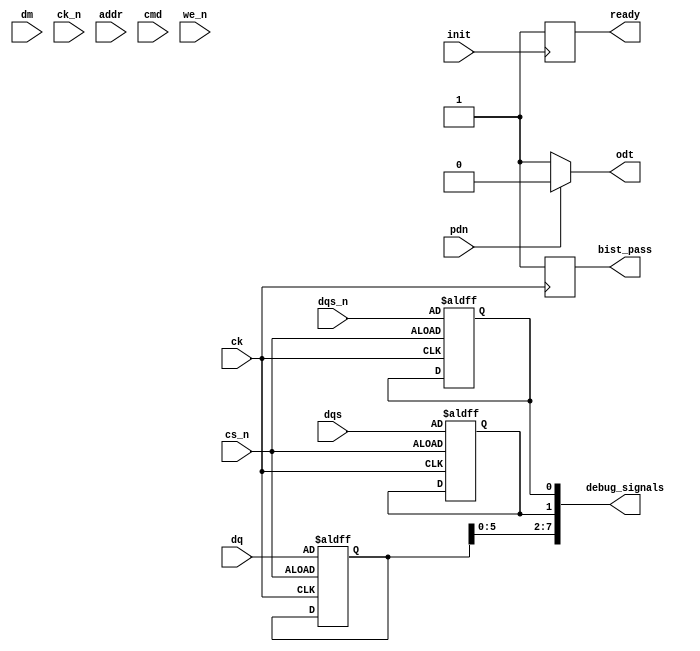
module gddr4_io_block (
    // I/O Interface
    input  wire [7:0]   dq,        // Data signals
    input  wire         dqs,       // Data strobe signal
    input  wire         dqs_n,     // Inverted data strobe signal
    input  wire         dm,        // Data mask signal
    input  wire         ck,        // Clock signal
    input  wire         ck_n,      // Inverted clock signal
    
    // Address and Command Signals
    input  wire [15:0]  addr,      // Address signals
    input  wire         cmd,       // Command signals
    input  wire         cs_n,      // Chip select signal
    input  wire         we_n,      // Write enable signal
    
    // Power Management
    input  wire         pdn,       // Power down signal
    output wire         odt,       // On-die termination control
    
    // Initialization and Configuration
    input  wire         init,      // Initialization signal
    output wire         ready,     // Ready signal after initialization
    
    // Test and Debug
    output wire         bist_pass,  // BIST pass signal
    output wire [7:0]   debug_signals // Debug signals
);

// Internal signals
reg [7:0] dq_reg;
reg dqs_reg, dqs_n_reg;
reg ready_reg;
reg bist_pass_reg;

// On-die termination control logic
assign odt = (pdn) ? 1'b0 : 1'b1; // Enable ODT when not in power down

// Data transfer logic
always @(posedge ck or negedge cs_n) begin
    if (!cs_n) begin
        dq_reg <= dq; // Capture data on chip select
        dqs_reg <= dqs; // Capture DQS
        dqs_n_reg <= dqs_n; // Capture DQS#
    end
end

// Initialization logic
always @(posedge init) begin
    ready_reg <= 1'b1; // Indicate that the block is ready after init
end

assign ready = ready_reg;

// Built-in self-test logic (simplified)
always @(posedge ck) begin
    // Insert BIST logic here
    bist_pass_reg <= 1'b1; // For demonstration, assume BIST always passes
end

assign bist_pass = bist_pass_reg;

// Debugging signals (placeholder)
assign debug_signals = {dq_reg, dqs_reg, dqs_n_reg}; // Example debug output

endmodule